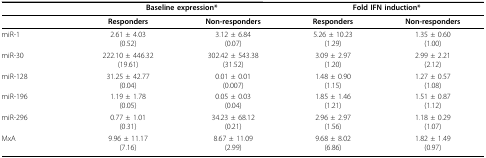
|  | <COLSPAN=2> Baseline expression* | <COLSPAN=2> Fold IFN induction* |
 | --- | --- | --- | --- | --- |
 |  | Responders | Non-responders | Responders | Non-responders |
 | miR-1 | 2.61 ± 4.03(0.52) | 3.12 ± 6.84(0.07) | 5.26 ± 10.23(1.29) | 1.35 ± 0.60(1.00) |
 | miR-30 | 222.10 ± 446.32(19.61) | 302.42 ± 543.38(31.52) | 3.09 ± 2.97(1.20) | 2.99 ± 2.21(2.12) |
 | miR-128 | 31.25 ± 42.77(0.04) | 0.01 ± 0.01(0.007) | 1.48 ± 0.90(1.15) | 1.27 ± 0.57(1.08) |
 | miR-196 | 1.19 ± 1.78(0.05) | 0.05 ± 0.03(0.04) | 1.85 ± 1.46(1.21) | 1.51 ± 0.87(1.12) |
 | miR-296 | 0.77 ± 1.01(0.31) | 34.23 ± 68.12(0.21) | 2.96 ± 2.97(1.56) | 1.18 ± 0.29(1.07) |
 | MxA | 9.96 ± 11.17(7.16) | 8.67 ± 11.09(2.99) | 9.68 ± 8.02(6.86) | 1.82 ± 1.49(0.97) |